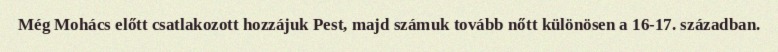
Még Mohács előtt csatlakozott hozzájuk Pest, majd számuk tovább nőtt különösen a 16-17. században.